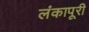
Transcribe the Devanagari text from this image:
लंकापूरी